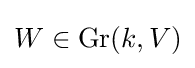
{W}\in \mathrm {Gr} (k,V)